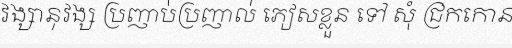
វង្សានុវង្ស ប្រញាប់ប្រញាល់ ភៀសខ្លួន ទៅ សុំ ជ្រកកោន